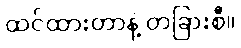
ထင်ထားတာနဲ့ တခြားစီ။